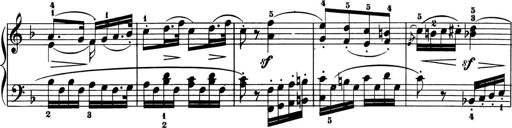
Title: 6 Piano Sonatinas
Composer: Cornelius Gurlitt